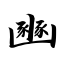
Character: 豳